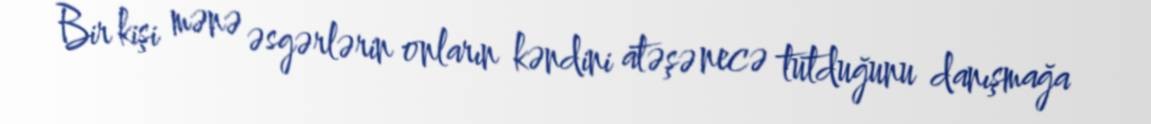
Bir kişi mənə əsgərlərin onların kəndini atəşə necə tutduğunu danışmağa